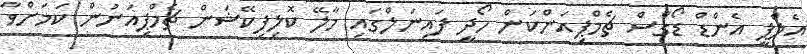
އެލްޕީ އެންޑް ޑޯގްސް ޗެމްޕިއަންކަން ހޯދީ ފައިނަލްގައި މާލޭ ކޮލިފިކޭޝަން ޗެމްޕިއަނުން ކަމަށްވާ